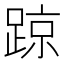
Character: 𨂙